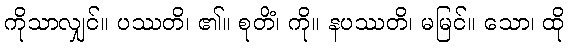
ကိုသာလျှင်။ ပဿတိ၊ ၏။ စုတိံ၊ ကို။ နပဿတိ၊ မမြင်။ သော၊ ထို